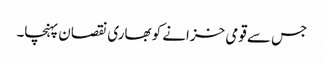
جس سے قومی خزانے کو بھاری نقصان پہنچا۔